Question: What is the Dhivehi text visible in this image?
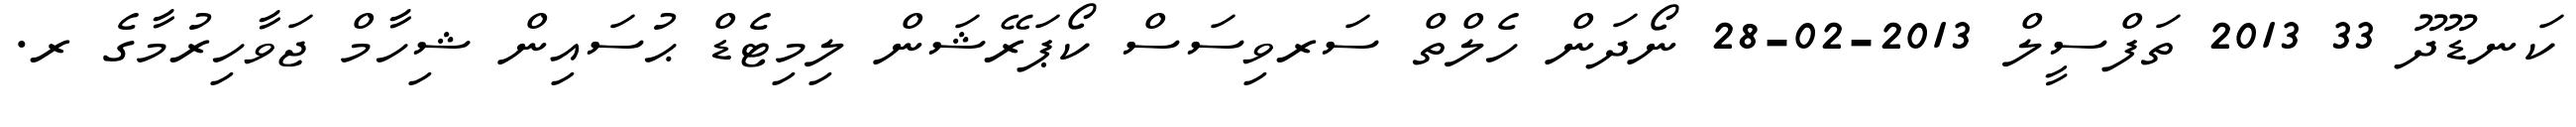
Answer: ކަނޑޫދޫ 33 2013 ތަފްސީލް 2013-02-28 ނޯދަން ހެލްތް ސަރވިސަސް ކޯޕަރޭޝަން ލިމިޓެޑް ޙުސައިން ޝިހާމް ޖަވާހިރުމާގެ ރ.